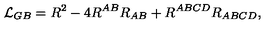
{ \cal L } _ { G B } = R ^ { 2 } - 4 R ^ { A B } R _ { A B } + R ^ { A B C D } R _ { A B C D } ,